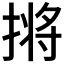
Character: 𫽣